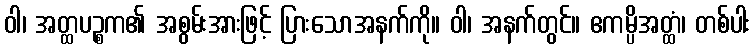
ဝါ၊ အတ္ထပဉ္စက၏ အစွမ်းအားဖြင့် ပြားသောအနက်ကို။ ဝါ၊ အနက်တွင်။ ဧကမ္ပိအတ္ထံ၊ တစ်ပါး